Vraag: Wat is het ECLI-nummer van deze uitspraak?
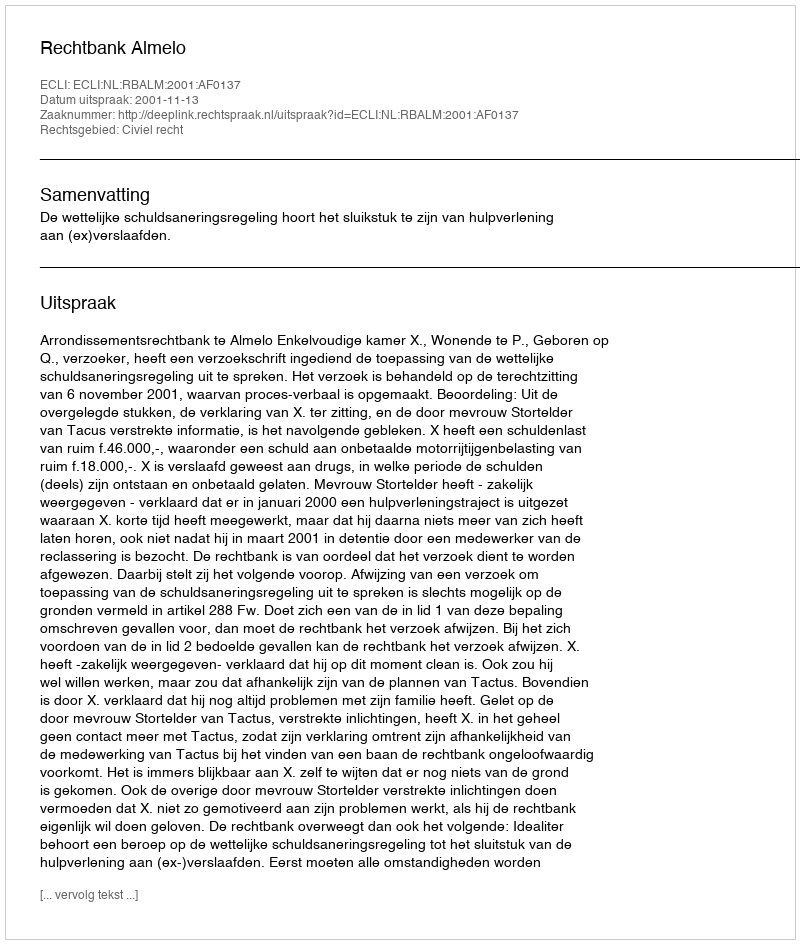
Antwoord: ECLI:NL:RBALM:2001:AF0137